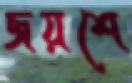
জয়শে